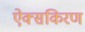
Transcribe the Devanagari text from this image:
ऐक्सकिरण